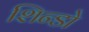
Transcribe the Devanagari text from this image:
शिन्डो